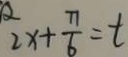
2 x + \frac { \pi } { 6 } = t